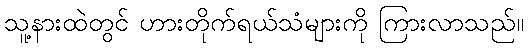
သူ့နားထဲတွင် ဟားတိုက်ရယ်သံများကို ကြားလာသည်။